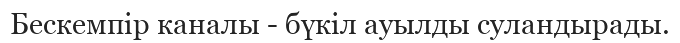
Бескемпір каналы - бүкіл ауылды суландырады.